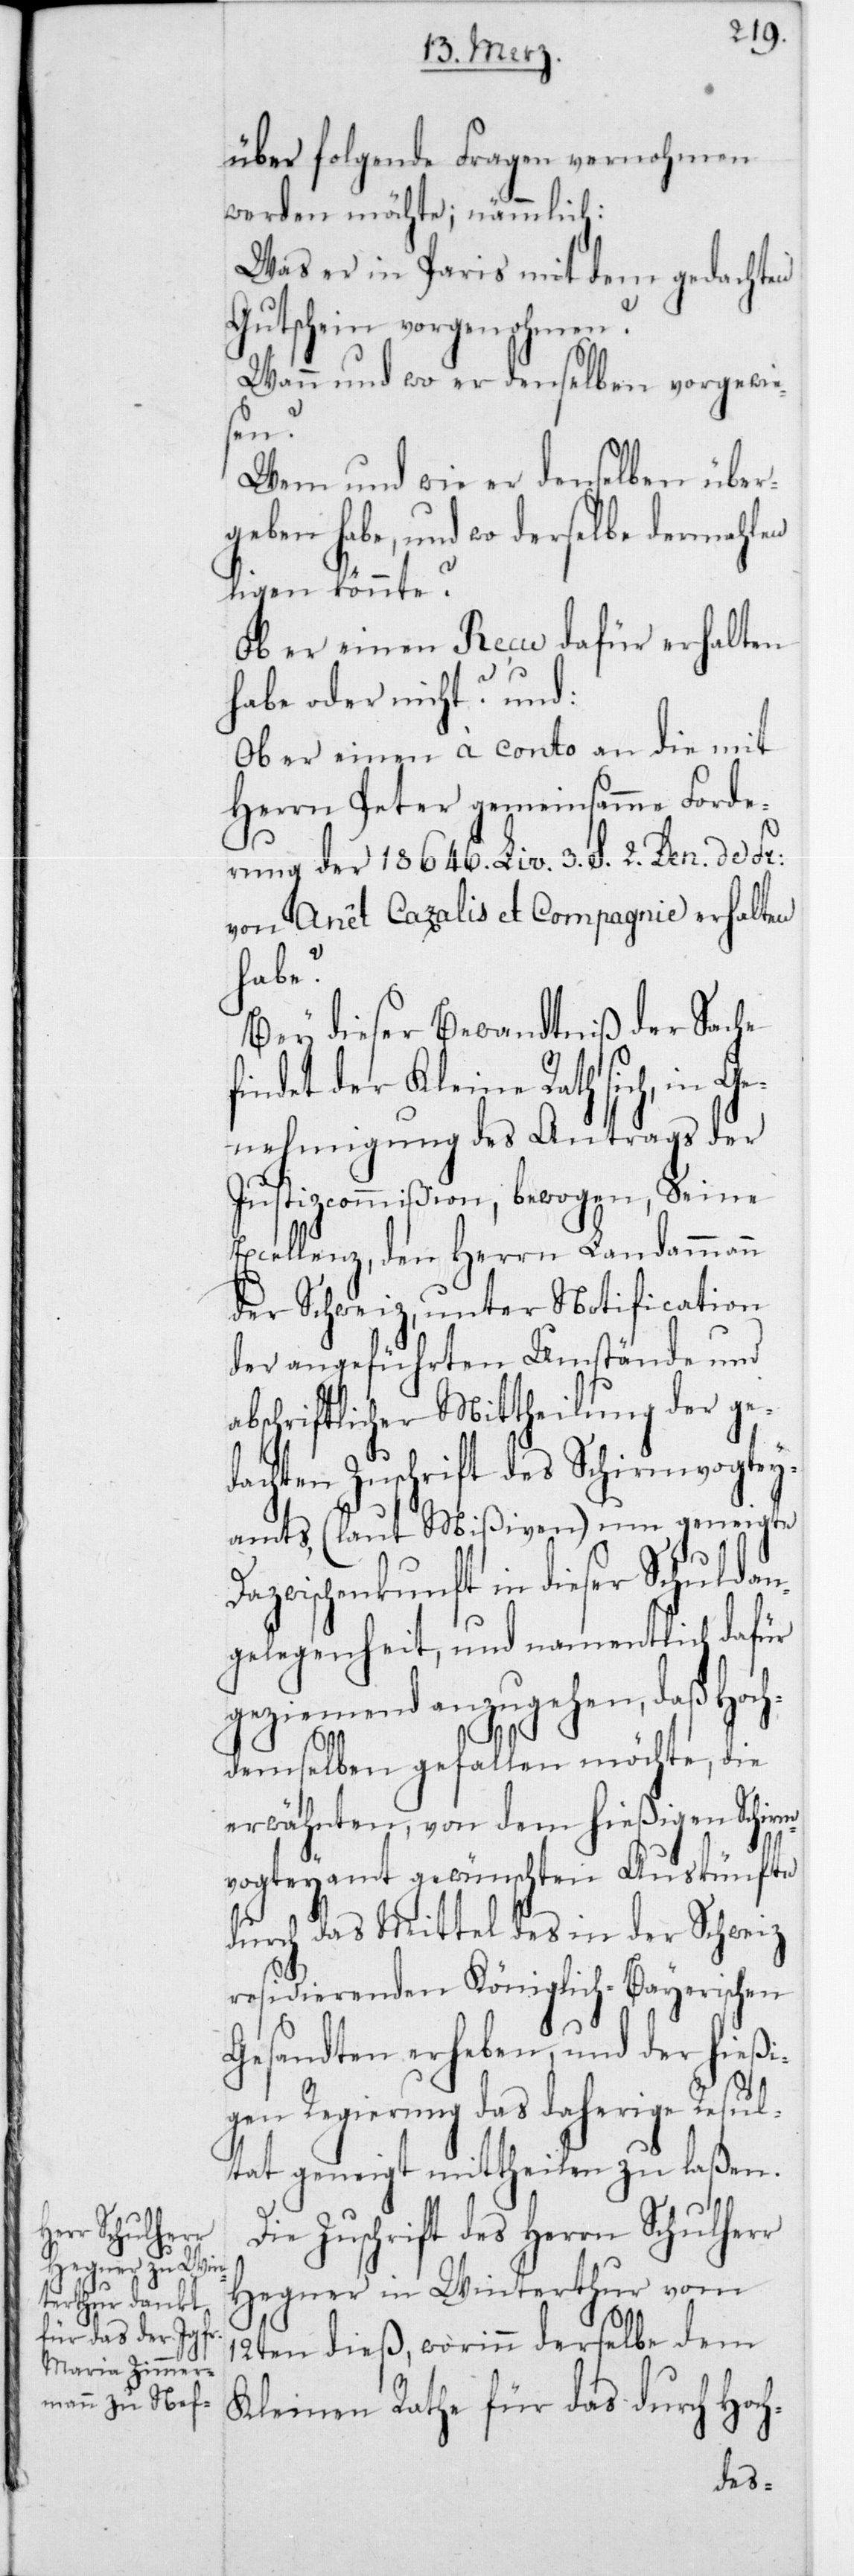
über folgende Fragen vernohmen
werden möchte, nämmlich:
Was er in Paris mit dem gedachten
Gutschein vorgenohmen?
Wann und wo er denselben vorgewie¬
sen?
Wem und wie er denselben über¬
geben habe, und wo derselbe dermahlen
ligen könnte?
Ob er einen Recu dafür erhalten
habe oder nicht? und:
Ob er einen à conto an die mit
Herrn Peter gemeinsamme Forde¬
rung der 18,646 Liv. 3 S. 2 Den. de Fr:
von Anêt Cazalis et Compagnie erhalten
habe?
Bey dieser Bewandtniß der Sache
findet der Kleine Rath sich, in Ge¬
nehmigung des Antrags der
Justizcommißion, bewogen, Seine
Excellenz, den Herrn Landammann
der Schweiz, unter Notification
der angeführten Umstände und
abschriftlicher Mittheilung der ge¬
dachten Zuschrift des Schirmvogtey¬
amts (laut Mißiven) um geneigte
azwischenkunft in dieser Schuldan¬
gelegenheit, und namentlich dafür
geziemend anzugehen, daß Hoch¬
demselben gefallen möchte, die
erwähnten, von dem hießigen Schirm¬
D¬
vogteyamt gewünschten Auskünfte
durch das Mittel des in der Schweiz
residierenden Königlich-Bayerischen
Gesandten erheben, und der hießi¬
gen Regierung das daherige Resul¬
tat geneigt mittheilen zu laßen.
Die Zuschrift des Herrn Schulherr
Hegner in Winterthur vom
12ten dieß, worinn derselbe dem
Kleinen Rathe für das durch Hoch-